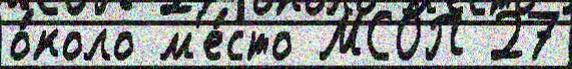
о́коло м'е́сто МСОП 27